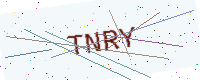
Text: TNRY